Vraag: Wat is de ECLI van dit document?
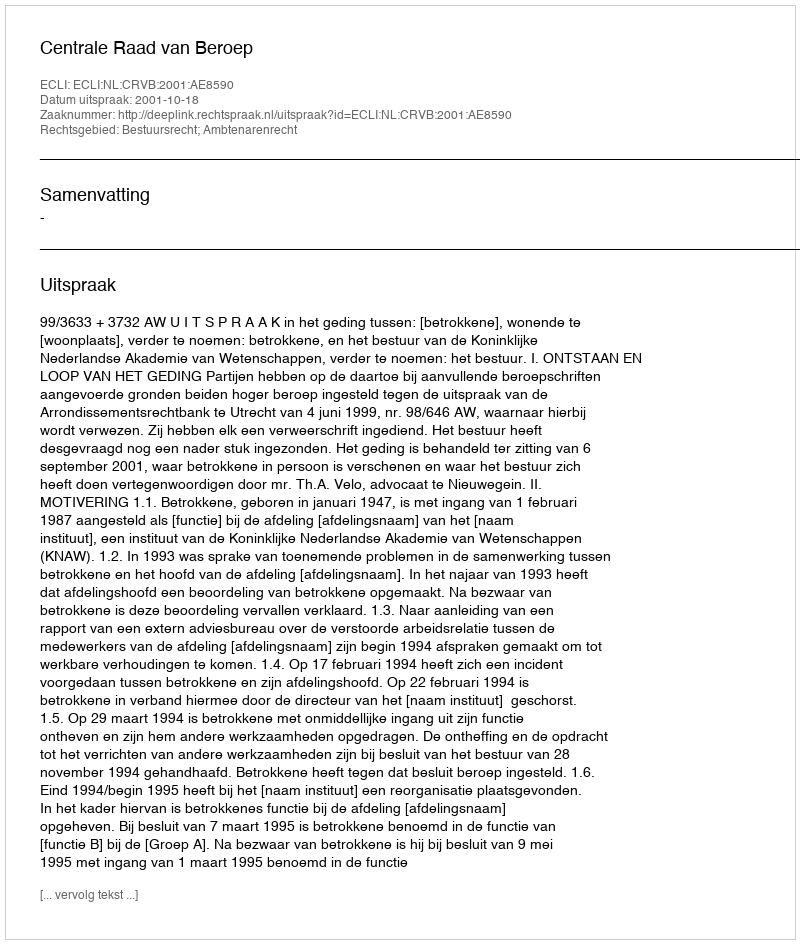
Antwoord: ECLI:NL:CRVB:2001:AE8590